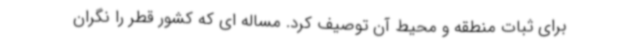
برای ثبات منطقه و محیط آن توصیف کرد. مساله ای که کشور قطر را نگران